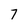
Character: 7